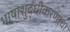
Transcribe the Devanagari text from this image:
भाषाशुद्धीकरणाचा